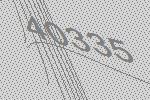
40335